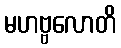
မဟဗ္ဗလောတိ